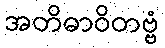
အတိဓာဝိတဗ္ဗံ